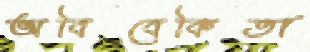
অবিবেকিতা